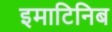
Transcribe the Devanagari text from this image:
इमाटिनिब